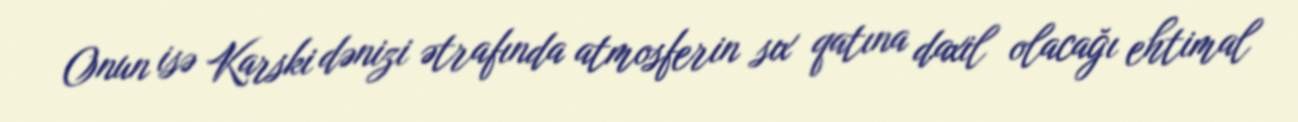
Onun isə Karski dənizi ətrafında atmosferin sıx qatına daxil olacağı ehtimal